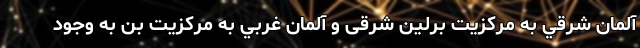
آلمان شرقي به مرکزیت برلین شرقی و آلمان غربي به مرکزیت بن به وجود